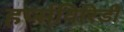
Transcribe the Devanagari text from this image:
हर्प्सविरिडी